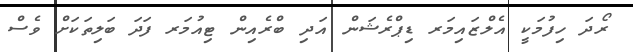
ރޯދަ ހިފުމަކީ އެލްޒައިމަރ ޑިޕްރެޝަން އަދި ބްރެއިން ޓިއުމަރ ފަދަ ބަލިތަކަށް ވެސް